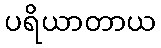
ပရိယာတာယ